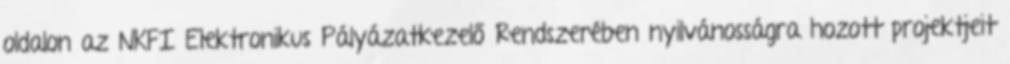
oldalon az NKFI Elektronikus Pályázatkezelő Rendszerében nyilvánosságra hozott projektjeit